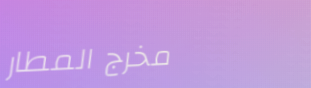
مخرج المطار